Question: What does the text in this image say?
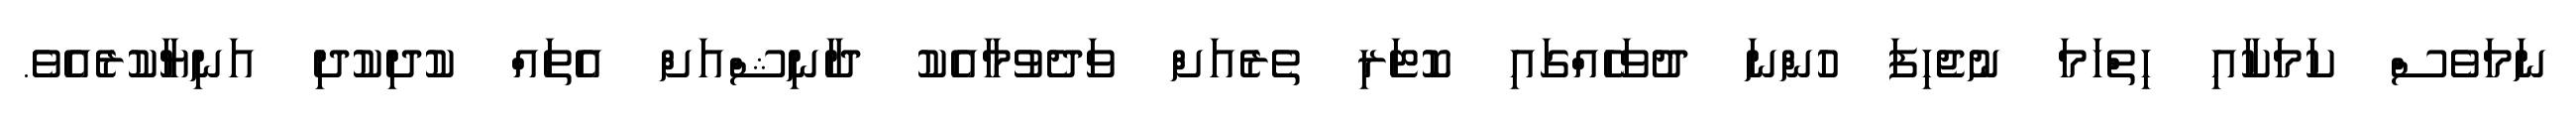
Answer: ނަމަވެސް ކަމަކާއި ހިތްހަމަ ނުޖެހިފަ ހުންނަ ދުވަހެއްގައި ކޮޓަރި ތެރެއަށް ވަދެވުމާއެކު ދާނިޝްއަށް އެތައް ކުދިކުދި އަނިޔާކުރެއެވެ.